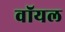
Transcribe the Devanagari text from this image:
वॉयल